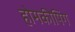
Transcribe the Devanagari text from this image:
होमकीपिंग